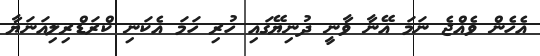
އެހެން ވެއްޖެ ނަމަ އޭނާ ވާނީ ދުނިޔޭގައި ހުރި ހަމަ އެކަނި ކްރަޑްރިލިއަނަޔާ